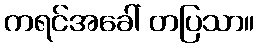
ကရင်အခေါ် တပြသာ။